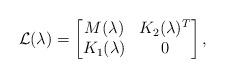
LaTeX: \begin{align*} \mathcal{L}(\lambda) = \begin{bmatrix} M(\lambda) & K_2 (\lambda)^T \\ K_1 (\lambda) & 0\end{bmatrix},\end{align*}